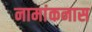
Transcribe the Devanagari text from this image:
नामांकनास